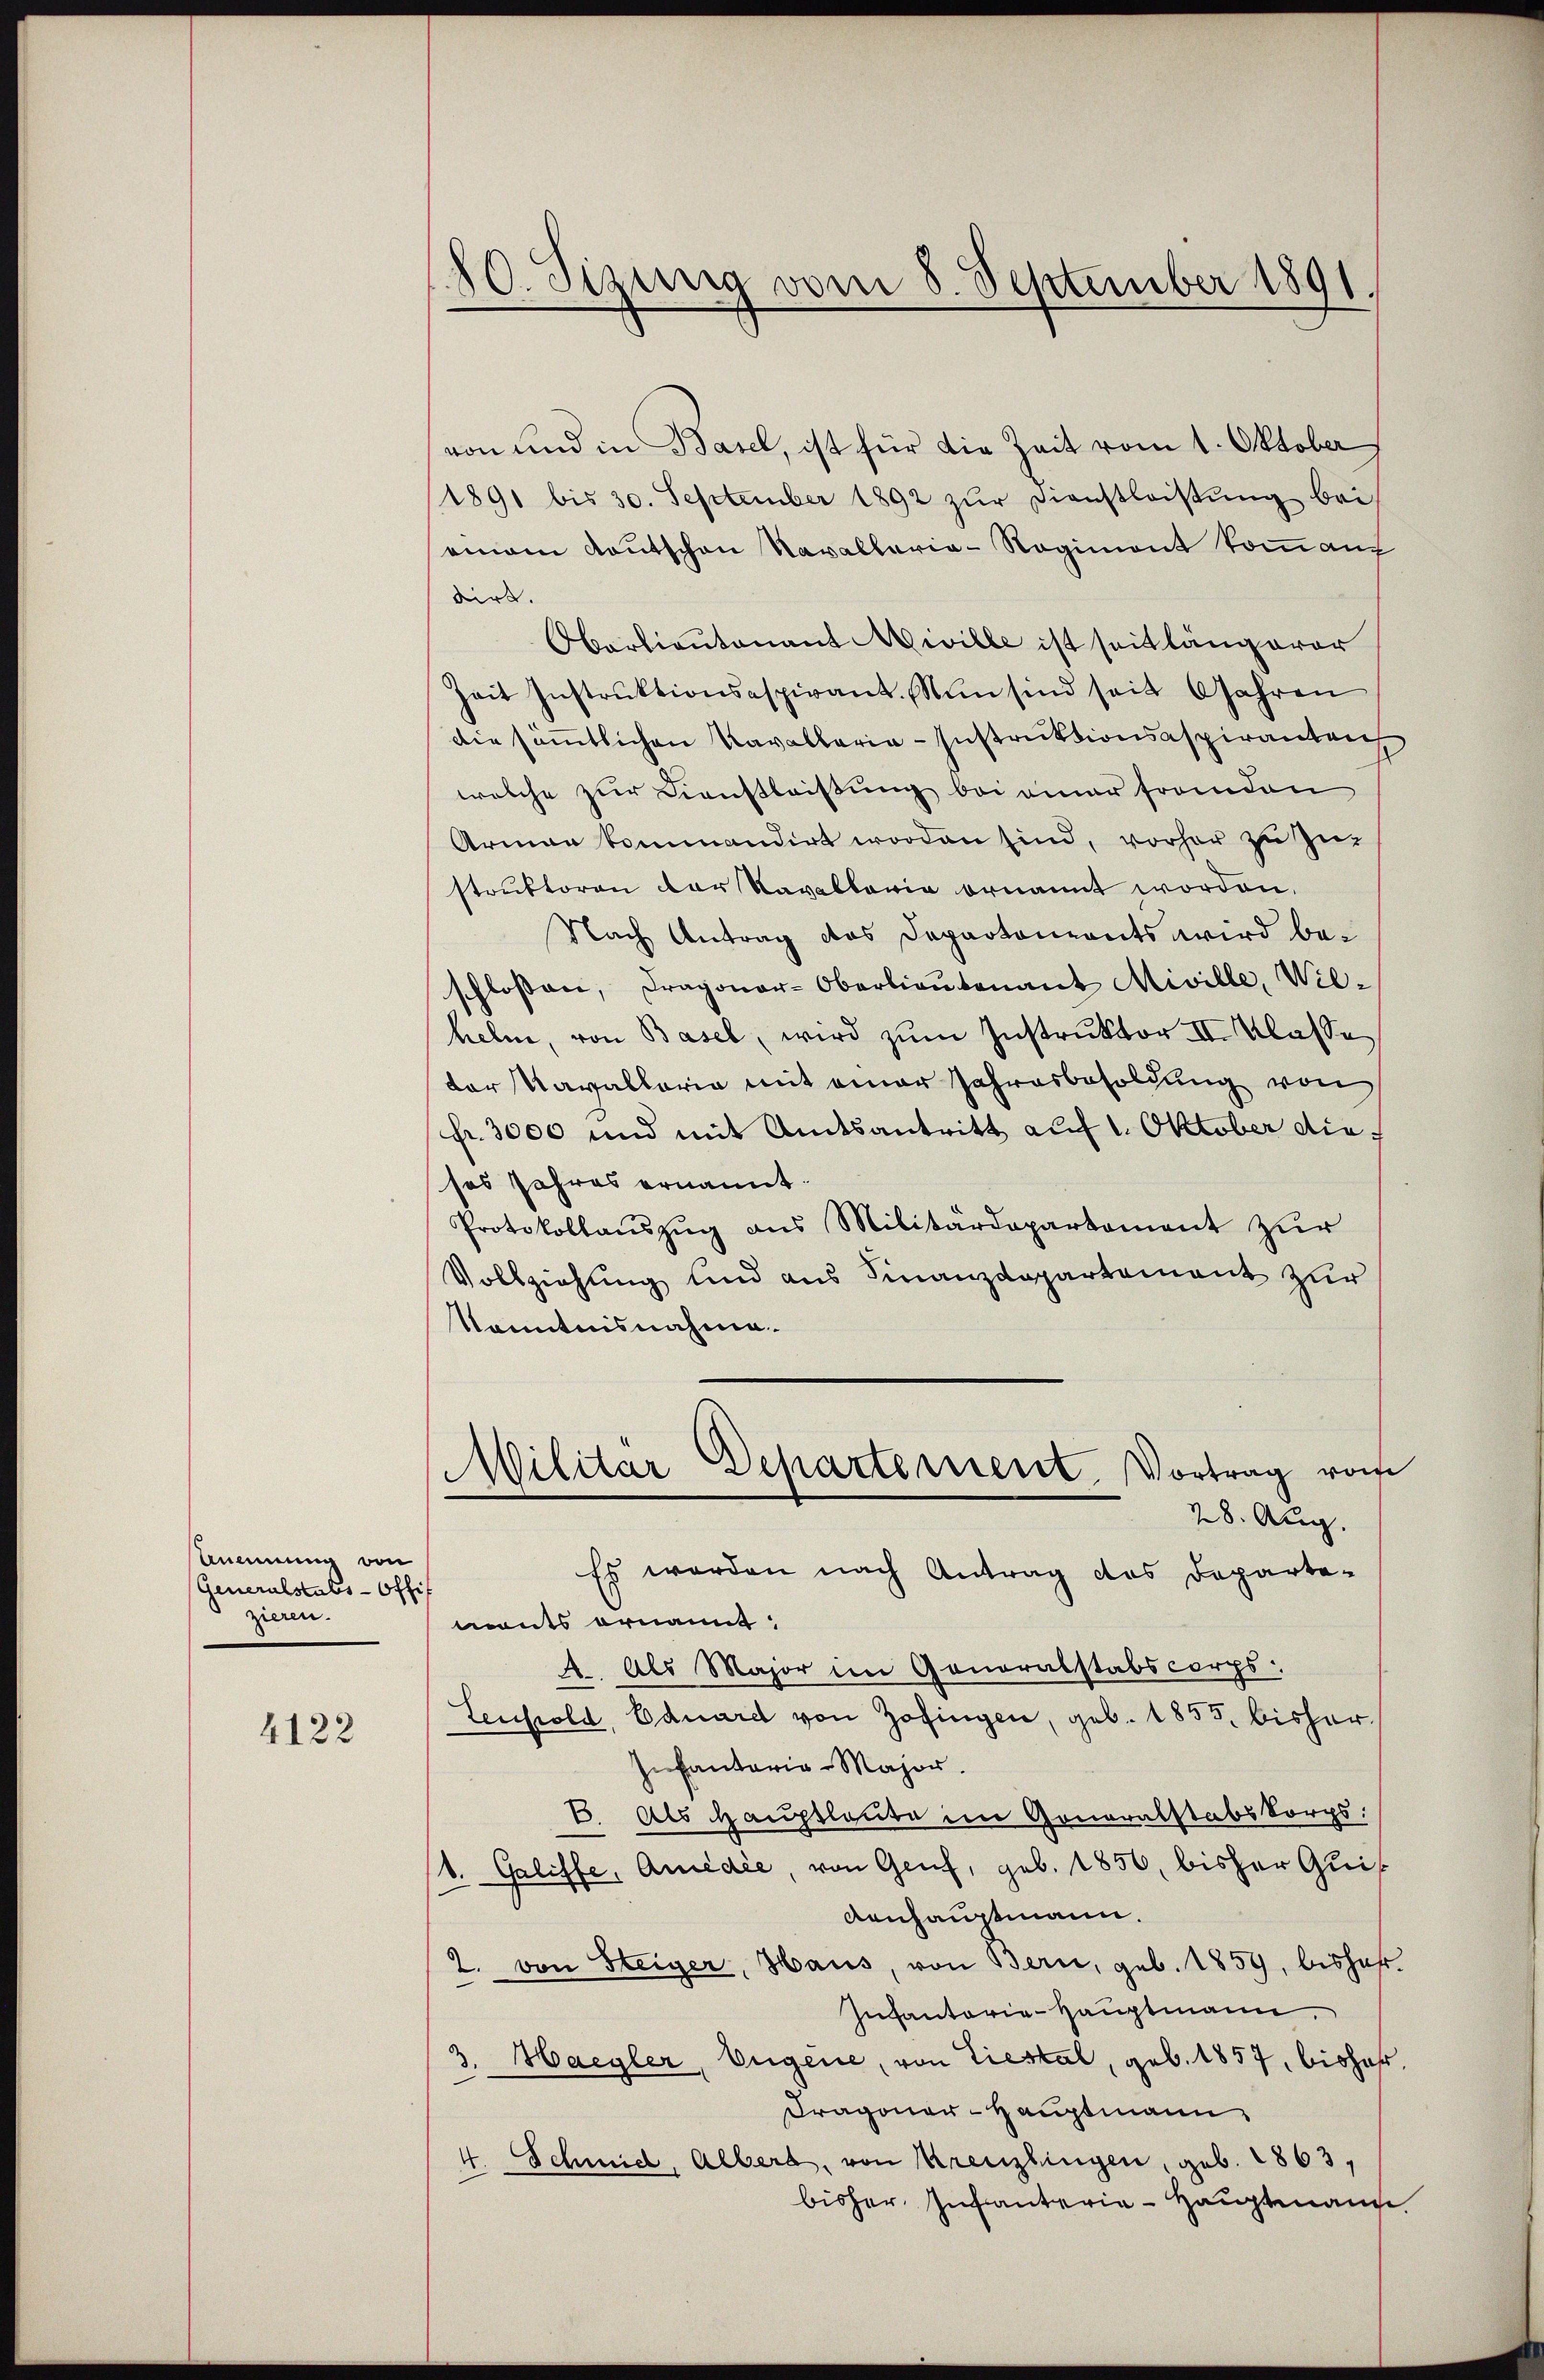
Anennung von
Generalstabs-Offi
zieren.

4122

20. Sizung vom 8. September 1891.

von und in Basel, ist für die Zeit vom 1. Oktober
1891 bis 30. September 1892 zur Dienstleistung bei
seinem Kautschen Navallaria - Regiment kommeng
dirt.
Oberlieutenant MMiville ist seit längerer
Zeit Instruktionsaspirant. Nun sind seit Jahren
Die sämmtlichen Kavallaria-Instruktionsaspiranten
welche zur Dienstleistung bei einer franden
Armen kommandirt worden sind, vorher zu zu
struktoren der Kavallaria ernannt worden.
Nach Antrag das Departements wird bei
schlossen, Dragoner-Oberlieŭtenant Miville, Wil-
helne, von Basel, wird zum Instruktor II. Klasse
der Navallaria mit einer Jahresbesoldung von
fr. 3000 und mit Amtsantritt auf 1. Oktober die
ses Jahres ernannt.
Protokollaŭszŭg ans Militärdepartement zŭr
Vollziehung und aus Finanzdepartement zur
Kenntnisnahme.
MMilitar Departement. Vortrag vom
28. Aug.
Es werden nach Antrag des Departe-
monts ernannt,
A.. Als Major im Gonoralstabscorps.
Lenhold, Eduard von Zofingen, geb. 1855 bisher¬
In Cantaria-Major.
6. Als Hauptleute im Gonoralstabskorps:
(1. Galiffe, Amédée, von Genf, geb. 1856 bisher Quis
Aenhauptmann.
2. von Steiger, Haus, von Bern, geb. 1859, bishaf¬
Infanterie-Hauptmann
3. Haegler, Eugene, von Tiestal, geb. 1857, bishof,
Dragoner-Hauptmann
4. Schmidl, Albers, von Kreuzlingen, geb. 1863,
bisher Infanterie-Hauptmann